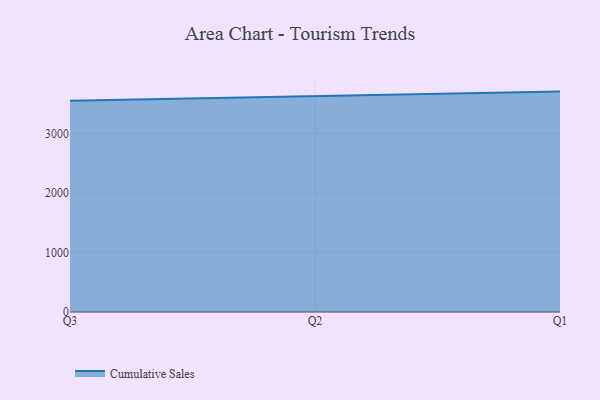
{"axis": {"x": "Quarter", "y": "Waste Production (Tons)"}, "legend": ["Cumulative Sales"], "data": [{"x": "Q3", "y": 3552.9, "type": "Cumulative Sales"}, {"x": "Q2", "y": 3627.1, "type": "Cumulative Sales"}, {"x": "Q1", "y": 3706.2, "type": "Cumulative Sales"}]}